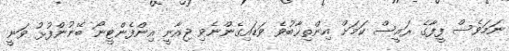
ނަމަވެސް ފީފާގެ ރައީސް ކަމަށް އިންތިޚާބުވެ ވަޑައިގެންނެވި ޖިއާނީ އިންފެންޓީނޯ ބޭނުންފުޅު ވަނީ